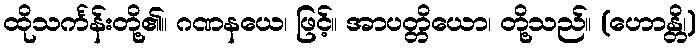
ထိုသင်္ကန်းတို့၏။ ဂဏနယေ၊ ဖြင့်။ အာပတ္တိယော၊ တို့သည်။ (ဟောန္တိ၊)